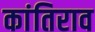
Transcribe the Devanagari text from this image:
कांतिराव